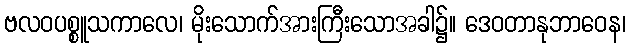
ဗလဝပစ္စူသကာလေ၊ မိုးသောက်အားကြီးသောအခါ၌။ ဒေဝတာနုဘာဝေန၊